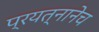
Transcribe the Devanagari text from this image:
प्रयत्नानेच